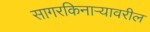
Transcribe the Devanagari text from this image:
सागरकिनाऱ्यावरील